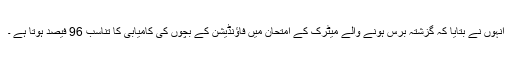
انہوں نے بتایا کہ گزشتہ برس ہونے والے میٹرک کے امتحان میں فاؤنڈیشن کے بچوں کی کامیابی کا تناسب 96 فیصد ہوتا ہے ۔